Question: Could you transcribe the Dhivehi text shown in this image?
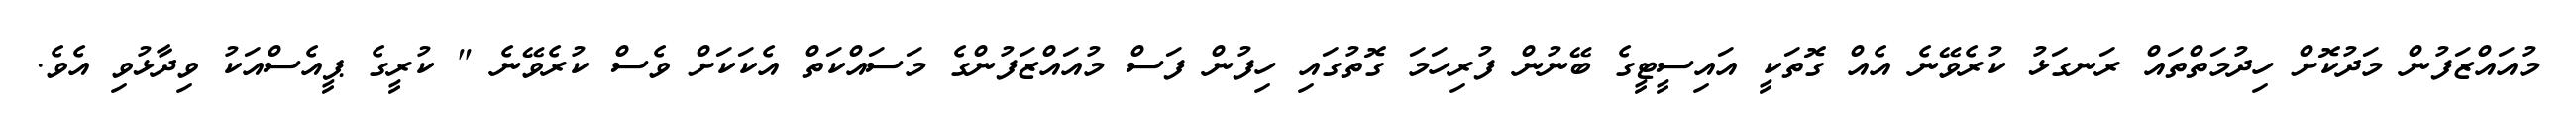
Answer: މުއައްޒަފުން މަދުކޮށް ހިދުމަތްތައް ރަނގަޅު ކުރެވޭނެ އެއް ގޮތަކީ އައިސީޓީގެ ބޭނުން ފުރިހަމަ ގޮތުގައި ހިފުން ފަސް މުއައްޒަފުންގެ މަސައްކަތް އެކަކަށް ވެސް ކުރެވޭނެ " ކުރީގެ ޕީއެސްއަކު ވިދާޅުވި އެވެ.